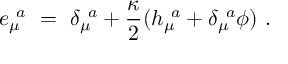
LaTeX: e _ { \mu } ^ { ~ a } \ = \ \delta _ { \mu } ^ { ~ a } + { \frac { \kappa } { 2 } } ( h _ { \mu } ^ { ~ a } + \delta _ { \mu } ^ { ~ a } \phi ) \ .